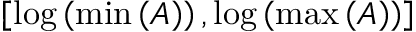
\left[ \log \left( \operatorname* { m i n } \left( A \right) \right) , \log \left( \operatorname* { m a x } \left( A \right) \right) \right]